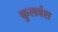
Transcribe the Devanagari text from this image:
कुलवंश